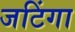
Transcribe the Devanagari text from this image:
जटिंगा